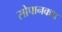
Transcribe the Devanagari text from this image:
सोपानकक्ष